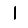
Digit: 1